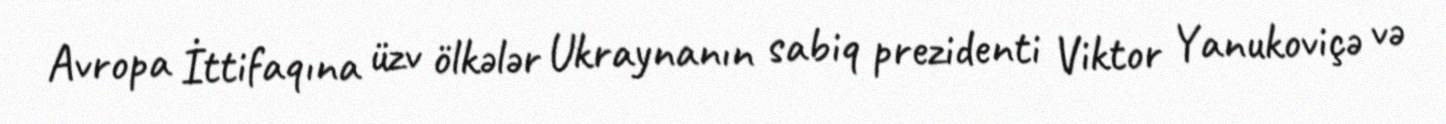
Avropa İttifaqına üzv ölkələr Ukraynanın sabiq prezidenti Viktor Yanukoviçə və